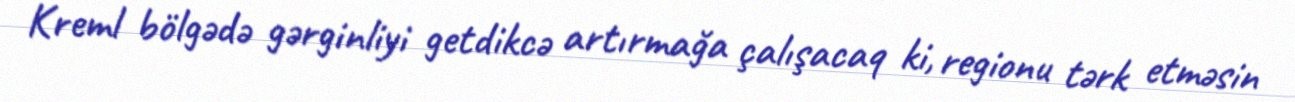
Kreml bölgədə gərginliyi getdikcə artırmağa çalışacaq ki, regionu tərk etməsin